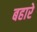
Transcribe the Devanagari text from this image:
बहारे